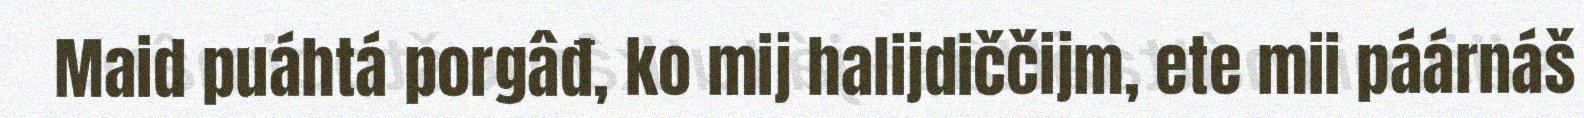
Maid puáhtá porgâđ, ko mij halijdiččijm, ete mii páárnáš